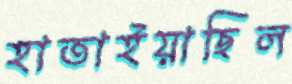
হাতাইয়াছিল